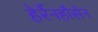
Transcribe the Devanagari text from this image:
हेर्रेनहौसेन